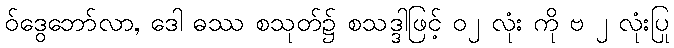
ဝ်ဒွေဘော်လာ, ဒေါ ဓဿ စသုတ်၌ စသဒ္ဒါဖြင့် ၀၂ လုံး ကို ဗ ၂ လုံးပြု